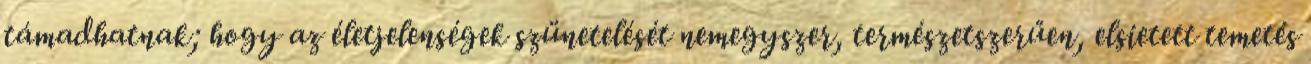
támadhatnak; hogy az életjelenségek szünetelését nemegyszer, természetszerűen, elsietett temetés